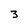
Character: 3